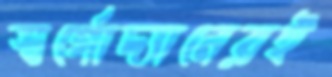
স্বর্গোদ্যানেরই